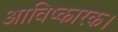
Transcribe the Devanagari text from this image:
आविष्कारक।